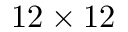
1 2 \times 1 2